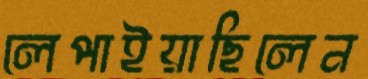
লেপাইয়াছিলেন